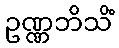
ဥဏ္ဏဘိသိံ